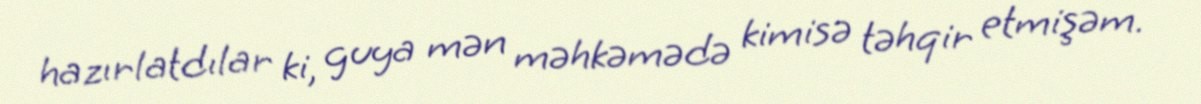
hazırlatdılar ki, guya mən məhkəmədə kimisə təhqir etmişəm.